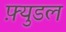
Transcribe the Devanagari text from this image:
फ़्युडल